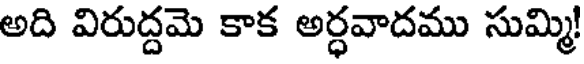
అది విరుద్దమె కాక అర్ధవాదము సుమ్మి!